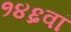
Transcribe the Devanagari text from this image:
१४६वां